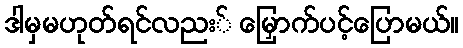
ဒါမှမဟုတ်ရင်လညး် မြှောက်ပင့်ပြောမယ်။